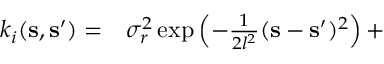
\begin{array} { r l } { k _ { i } ( \mathbf { s } , \mathbf { s } ^ { \prime } ) = } & { { } \sigma _ { r } ^ { 2 } \exp \left( - \frac { 1 } { 2 l ^ { 2 } } ( \mathbf { s } - \mathbf { s } ^ { \prime } ) ^ { 2 } \right) + } \end{array}